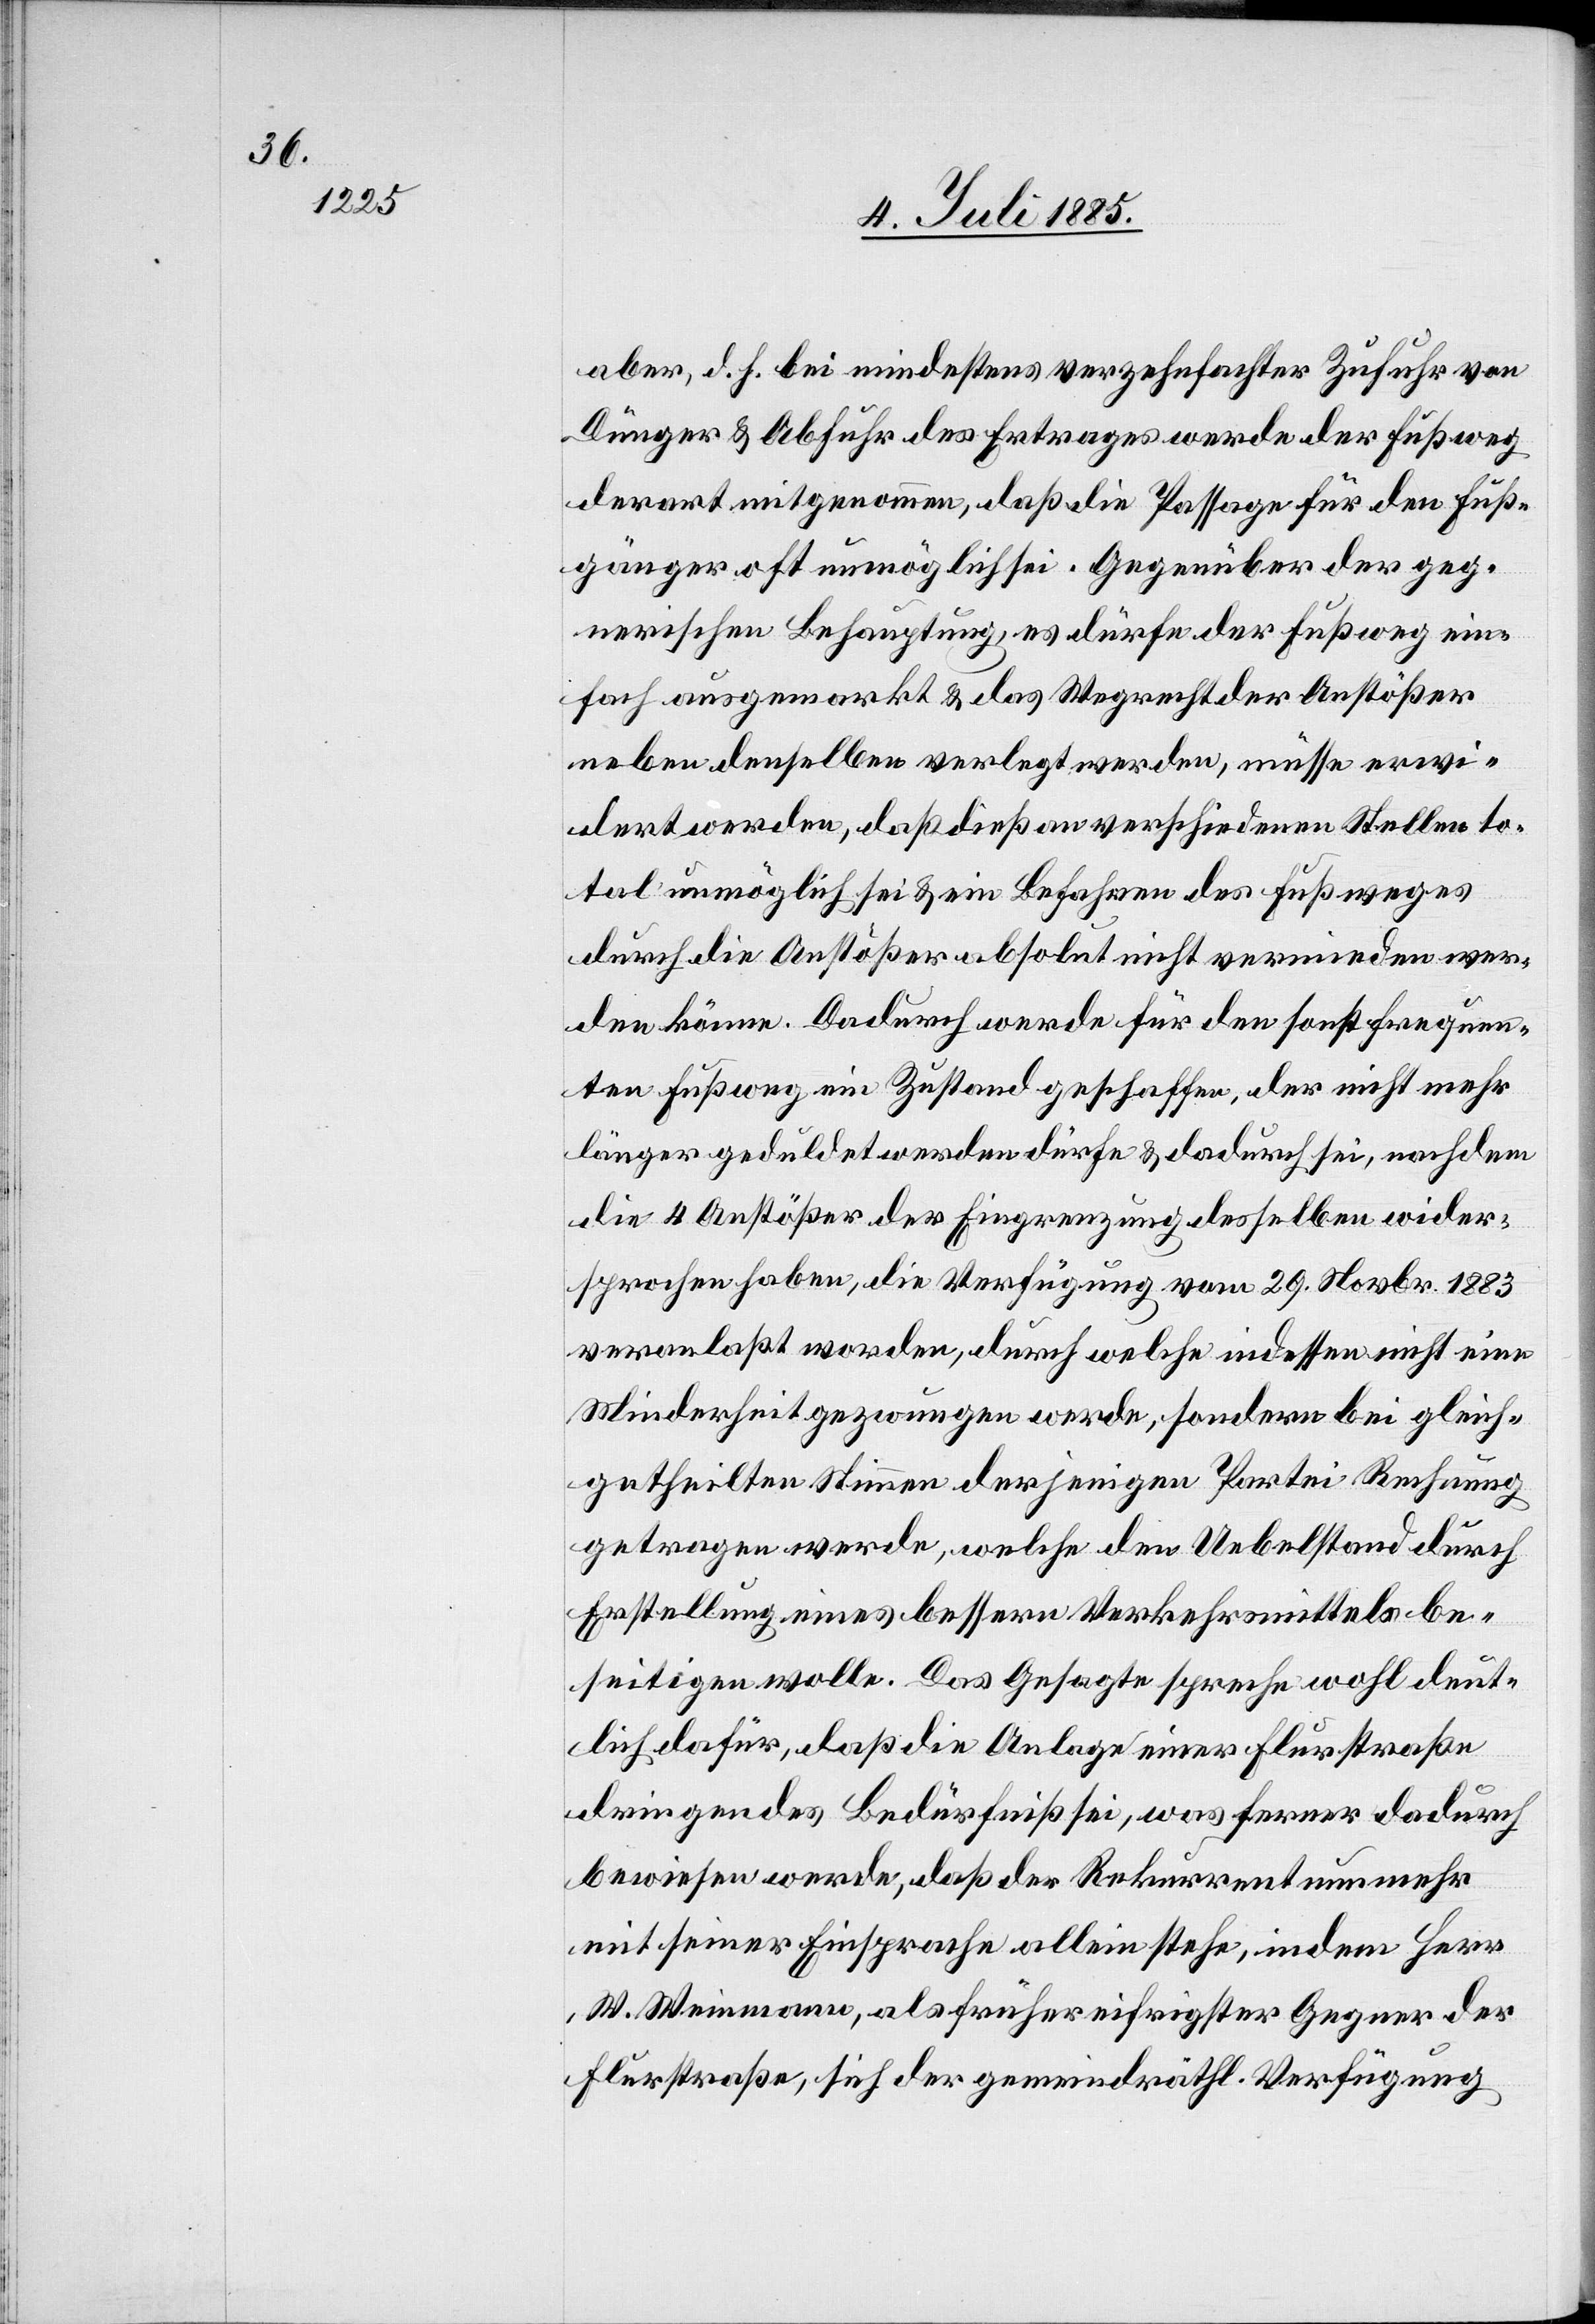
aber, d. h. bei mindestens verzehnfachter Zufuhr von
Dünger & Abfuhr des Ertrages werde der Fußweg
derart mitgenommen, daß die Passage für den Fuß¬
gänger oft unmöglich sei. Gegenüber der geg¬
nerischen Behauptung, es dürfe der Fußweg ein¬
fach ausgemarkt & das Wegrecht der Anstößer
neben denselben verlegt werden, müsse erwi¬
dert werden, daß dieß an verschiedenen Stellen to¬
tal unmöglich sei & ein Befahren des Fußweges
durch die Anstößer absolut nicht vermieden wer¬
den könne. Dadurch werde für den sonst frequen¬
ten Fußweg ein Zustand geschaffen, der nicht mehr
länger geduldet werden dürfe & dadurch sei, nachdem
die 4 Anstößer der Eingrenzung desselben wider¬
sprochen haben, die Verfügung vom 29. Novbr. 1883
veranlaßt worden, durch welche indessen nicht eine
Minderheit gezwungen werde, sondern bei gleich¬
getheilten Stimmen derjenigen Partei Rechnung
getragen werde, welche den Uebelstand durch
Erstellung eines bessern Verkehrsmittels be¬
seitigen wolle. Das Gesetze spreche wohl deut¬
lich dafür, daß die Anlage einer Flurstraße
dringendes Bedürfniß sei, was ferner dadurch
bewiesen werde, daß der Rekurrent nunmehr
mit seiner Einsprache allein stehe, indem Herr
W. Weinmann, als früher eifrigster Gegner der
Flurstraße, sich der gemeindräthl. Verfügung